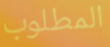
المطلوب